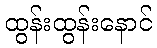
ထွန်းထွန်းနောင်